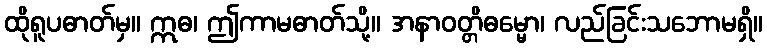
ထိုရူပဓာတ်မှ။ ဣဓ၊ ဤကာမဓာတ်သို့။ အနာဝတ္တိဓမ္မော၊ လည်ခြင်းသဘောမရှိ။